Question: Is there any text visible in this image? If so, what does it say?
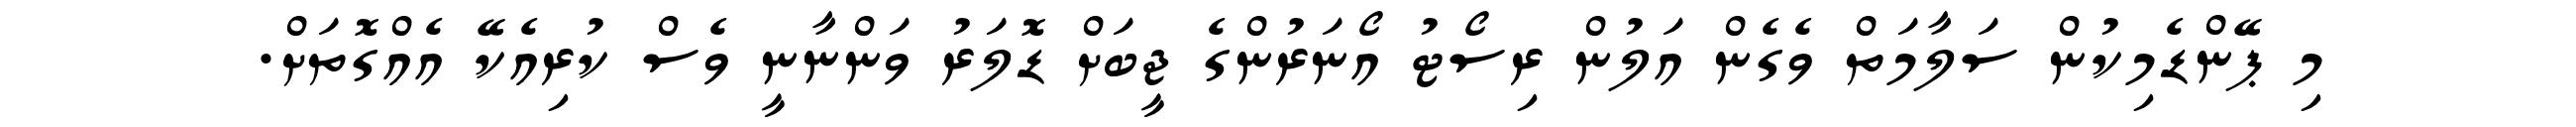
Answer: މި ޕޭންޑެމިކުން ސަލާމަތް ވެގެން އަލުން ރިސޯޓު އޯނަރުންގެ ޖީބަށް ޑޮލަރު ވަންނާނީ ވެސް ކުރިއެކޭ އެއްގޮތަށް.